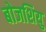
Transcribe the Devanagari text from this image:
बोजशियु